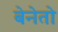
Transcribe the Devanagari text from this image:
बेनेतो